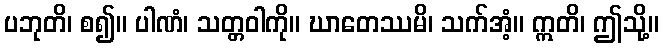
ပဘုတိ၊ စ၍။ ပါဏံ၊ သတ္တဝါကို။ ဃာတေဿမိ၊ သက်အံ့။ ဣတိ၊ ဤသို့။